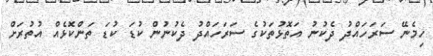
ހިމެނޭ ސަރަހައްދު ދެކުނު އަތޮޅުތަކުގެ ސަރަހައްދު ދެކުނުން ކުޑަ ކުޑަ ތަންކޮޅެއް އުތުރަށް